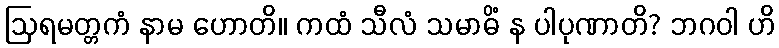
ဩရမတ္တကံ နာမ ဟောတိ။ ကထံ သီလံ သမာဓိံ န ပါပုဏာတိ? ဘဂဝါ ဟိ